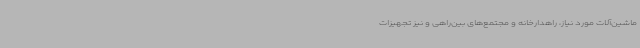
ماشین‌آلات مورد نیاز، راهدارخانه و مجتمع‌های بین‌راهی و نیز تجهیزات